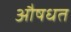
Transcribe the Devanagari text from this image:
औषधत